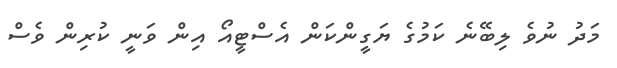
މަދު ނުވެ ލިބޭނެ ކަމުގެ ޔަގީންކަން އެސްޓީއޯ އިން ވަނީ ކުރިން ވެސް